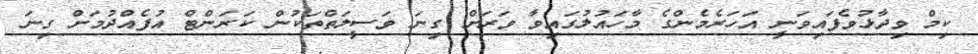
ކިމް ވިދާޅުވެފައިވަނީ އަހަރެމެންގެ މާހައުލުގައިވާ ވަރަށް ގިނަ ވަސީލަތްތަކުން ކަރަންޓް އުފެއްދުމަށް ގިނަ